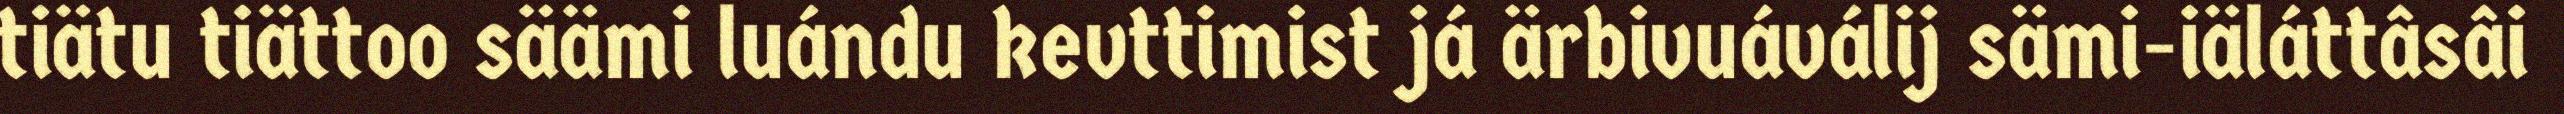
tiätu tiättoo säämi luándu kevttimist já ärbivuáválij sämi-iäláttâsâi